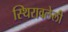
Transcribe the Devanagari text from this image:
स्थिरावलेली